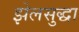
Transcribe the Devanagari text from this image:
झेलसुद्धा